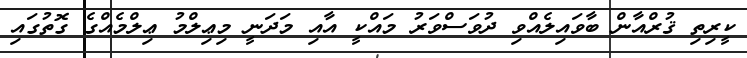
ކީރިތި ޤުރްއާން ބާވައިލެއްވި ދުވަސްވަރު މައްކީ އާއި މަދަނީ މިޢިލްމު ޢިލްމެއްގެ ގޮތުގައި